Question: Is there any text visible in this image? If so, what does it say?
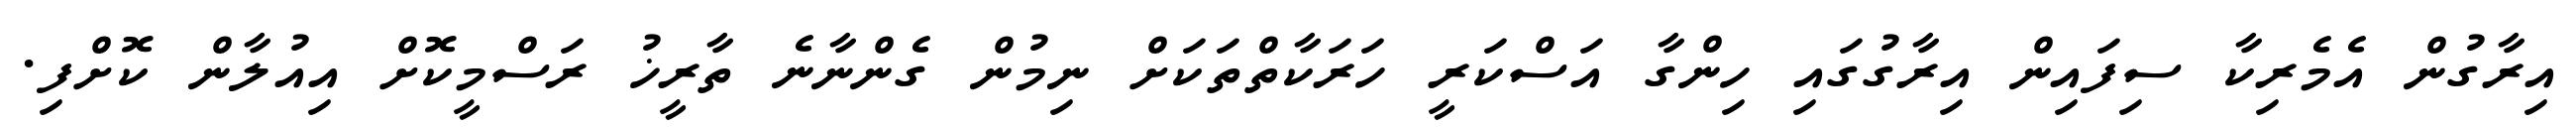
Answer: އިރާގުން އެމެރިކާ ސިފައިން އިރާގުގައި ހިންގާ އަސްކަރީ ހަރަކާތްތަކަށް ނިމުން ގެންނާނެ ތާރީޚު ރަސްމީކޮށް އިއުލާން ކޮށްފި.